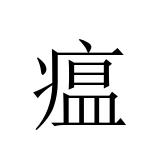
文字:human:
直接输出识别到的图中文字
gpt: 瘟